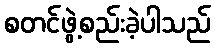
စတင်ဖွဲ့စည်းခဲ့ပါသည်